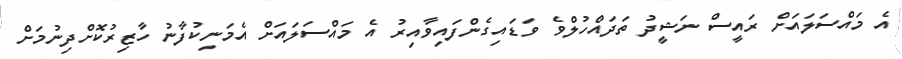
އެ މައްސަލައަށް ރައީސް ނަޝީދު ތަދައްހުލްވެ ވަޑައިގެންފައިވާއިރު އެ މައްސަލައަށް އެމަނިކުފާނު ހާޒިރުކޮށްދިނުމަށް